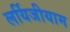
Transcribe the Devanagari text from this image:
लर्यिजीयाम